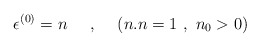
\begin{align*}\epsilon^{(0)} =n\makebox[.5in]{,}(n.n=1~,~ n_0>0)\end{align*}